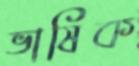
ভাষিক